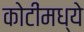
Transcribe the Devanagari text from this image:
कोटींमध्ये